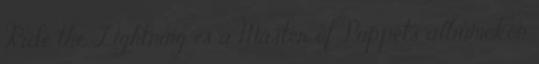
Ride the Lightning és a Master of Puppets albumokon